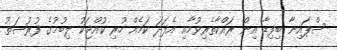
ސްޕައިނާ ބިފިޑާ އިން ރައްކާތެރިވުމާއި އެފަދަ ކަމެއް ހުރި ކުއްޖަކު ލިބުމުގެ ފުރުޞަތު